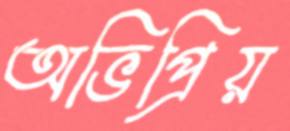
অভিপ্রিয়